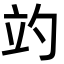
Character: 𥩘